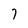
Character: 7